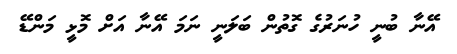
އޭނާ ބުނީ ހުނަރުގެ ގޮތުން ބަލަނީ ނަމަ އޭނާ އަށް މޮޅީ މަންޑޭ